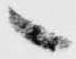
へ